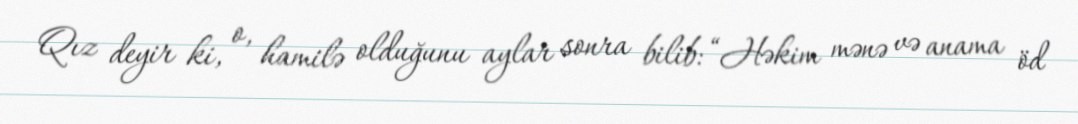
Qız deyir ki, o, hamilə olduğunu aylar sonra bilib: “Həkim mənə və anama öd